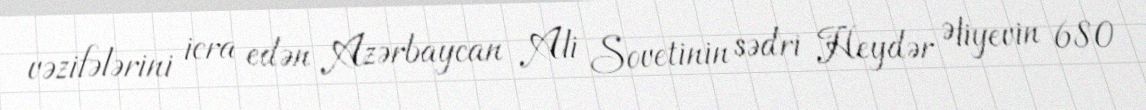
vəzifələrini icra edən Azərbaycan Ali Sovetinin sədri Heydər Əliyevin 680